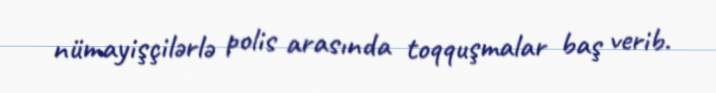
nümayişçilərlə polis arasında toqquşmalar baş verib.